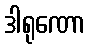
ဒါရုဏော